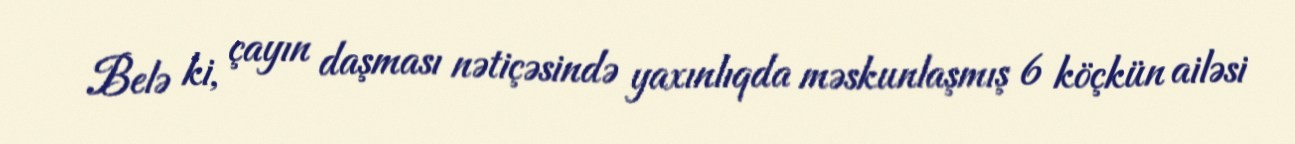
Belə ki, çayın daşması nətiçəsində yaxınlıqda məskunlaşmış 6 köçkün ailəsi